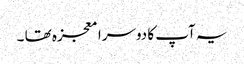
یہ آپ کا دوسرا معجزہ تھا ۔